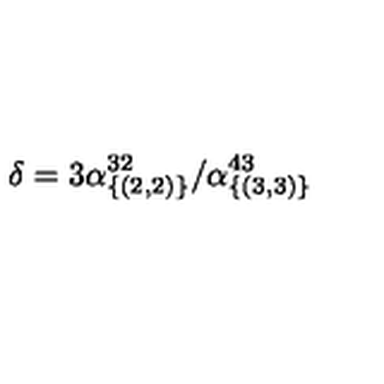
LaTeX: \delta = 3 \alpha _ { \{ ( 2 , 2 ) \} } ^ { 3 2 } / \alpha _ { \{ ( 3 , 3 ) \} } ^ { 4 3 }